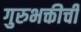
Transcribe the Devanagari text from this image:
गुरुभक्तीची